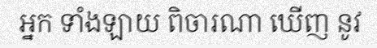
អ្នក ទាំងឡាយ ពិចារណា ឃើញ នូវ